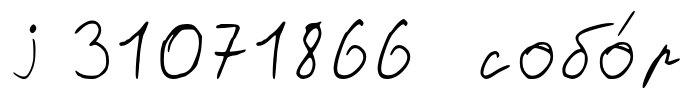
j 31071866 собо́р